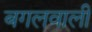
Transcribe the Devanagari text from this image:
बगलवाली